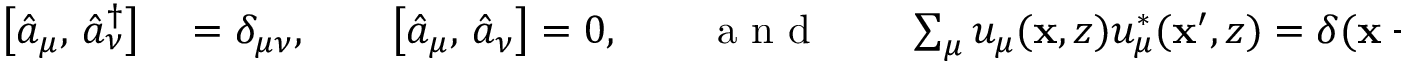
\begin{array} { r l } { \bigl [ \hat { a } _ { \mu } , \, \hat { a } _ { \nu } ^ { \dagger } \bigr ] } & { { } = \delta _ { \mu \nu } , \qquad \bigl [ \hat { a } _ { \mu } , \, \hat { a } _ { \nu } \bigr ] = 0 , \qquad \mathrm { ~ a ~ n ~ d ~ } \qquad \sum _ { \mu } u _ { \mu } ( \mathbf { x } , z ) u _ { \mu } ^ { * } ( \mathbf { x } ^ { \prime } , z ) = \delta ( \mathbf { x } - \mathbf { x } ^ { \prime } ) , } \end{array}